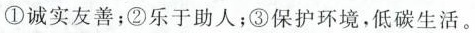
①诚实友善；②乐于助人；③保护环境，低碳生活。